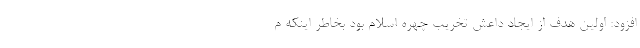
افزود: اولین هدف از ایجاد داعش تخریب چهره اسلام بود بخاطر اینکه م